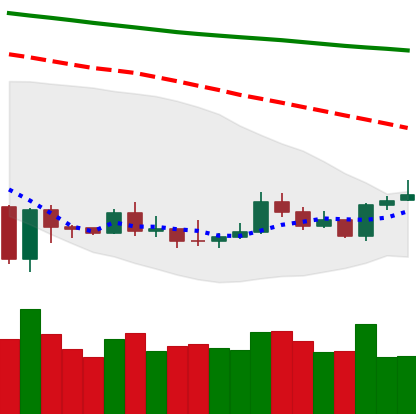
Ticker: ETH-USD
Chart end date: 2020-01-05
Forward return: 5.641%
Label: up_5_7